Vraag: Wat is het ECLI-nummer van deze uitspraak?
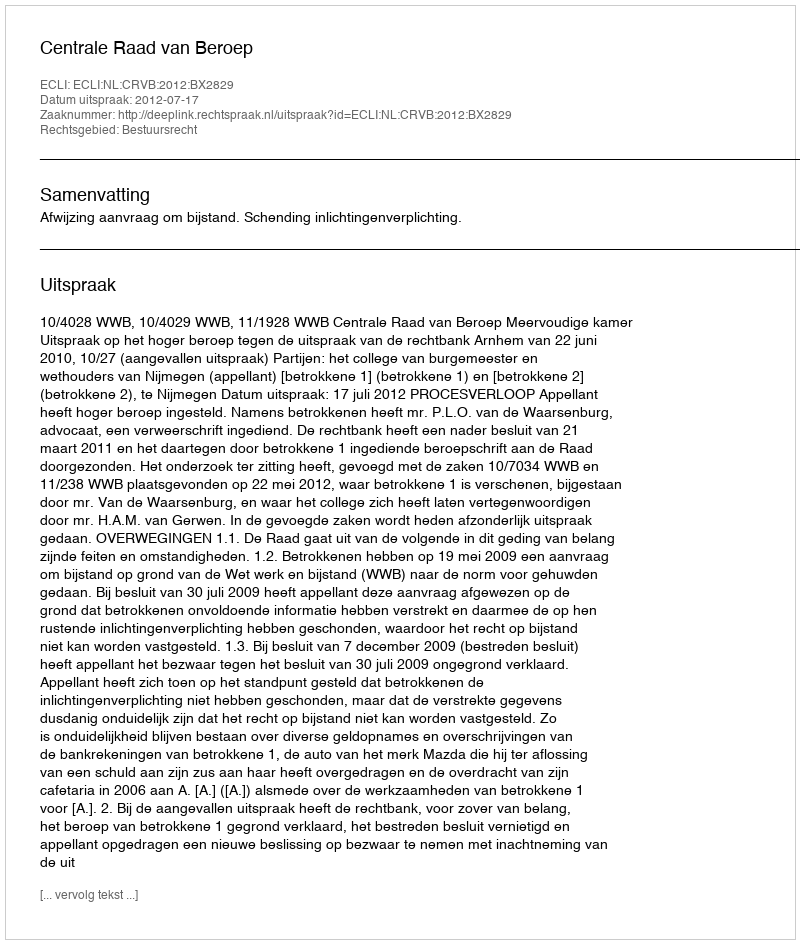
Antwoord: ECLI:NL:CRVB:2012:BX2829